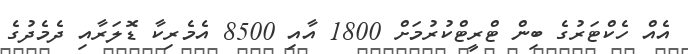
އެއް ހެކްޓަރުގެ ބިން ޓްރީޓްކުރުމަށް 1800 އާއި 8500 އެމެރިކާ ޑޮލަރާއި ދެމެދުގެ